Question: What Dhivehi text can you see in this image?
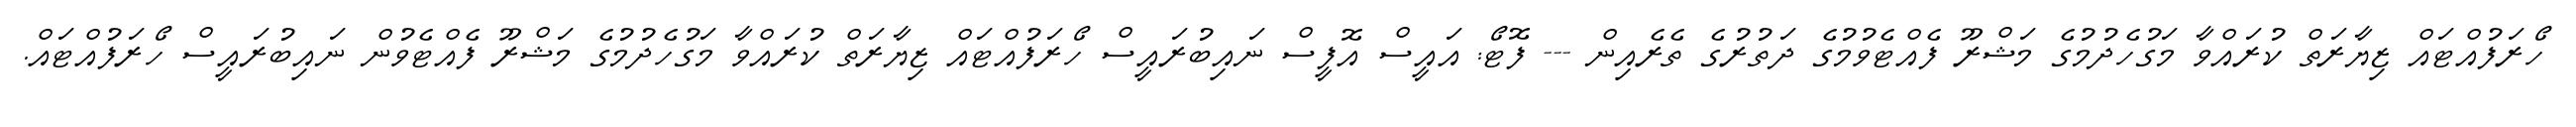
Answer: ހޯރަފުއްޓައް ޒިޔާރަތް ކުރައްވާ މަގުހެދުމުގެ މަޝްރޫ ފެއްޓެވުމުގެ ދަތުރުގެ ތެރެއިން --- ފޮޓޯ: އައީސް އޮފީސް ނައިބުރައީސް ހޯރަފުއްޓައް ޒިޔާރަތް ކުރައްވާ މަގުހެދުމުގެ މަޝްރޫ ފެއްޓެވުން ނައިބުރައީސް ހޯރަފުއްޓައް.